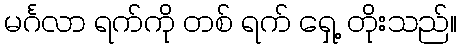
မင်္ဂလာ ရက်ကို တစ် ရက် ရှေ့ တိုးသည်။